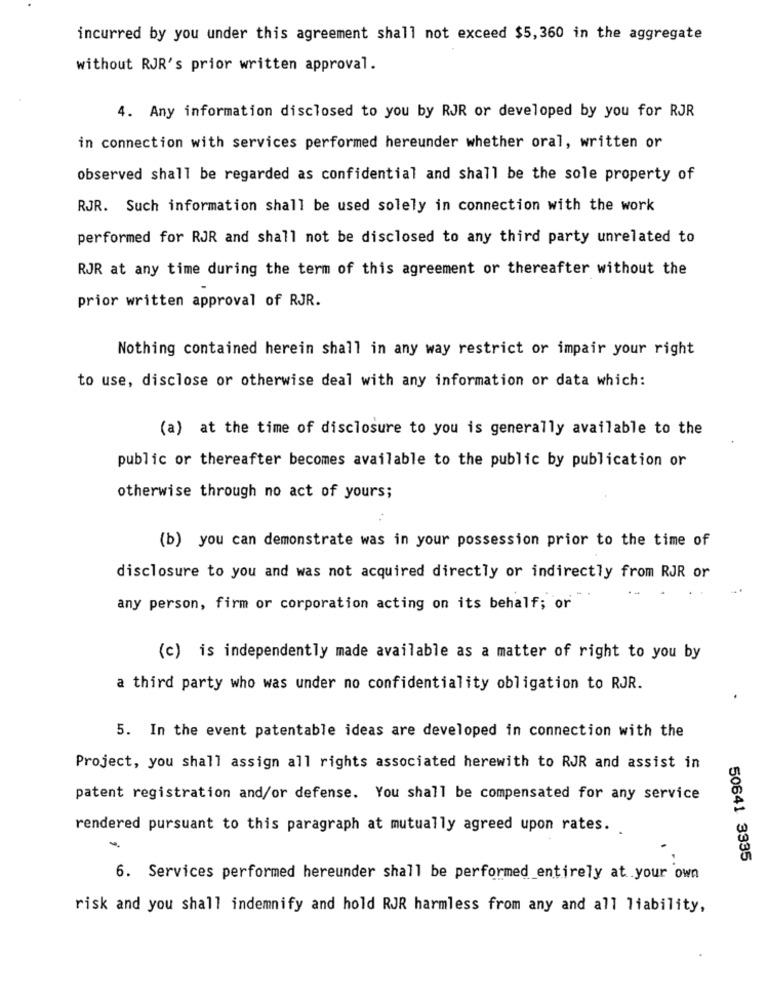
incurred by you under this agreement shall not exceed $5,360 in the aggregate
without RJR's prior written approval.
4. Any information disclosed to you by RJR or developed by you for RJR
in connection with services performed hereunder whether oral, written or
observed shall be regarded as confidential and shall be the sole property of
RJR. Such information shall be used solely in connection with the work
performed for RJR and shall not be disclosed to any third party unrelated to
RJR at any time during the term of this agreement or thereafter without the
prior written approval of RJR.
Nothing contained herein shall in any way restrict or impair your right
to use, disclose or otherwise deal with any information or data which:
(a) at the time of disclosure to you is generally available to the
public or thereafter becomes available to the public by publication or
otherwise through no act of yours;
(b) you can demonstrate was in your possession prior to the time of
disclosure to you and was not acquired directly or indirectly from RJR or
any person, firm or corporation acting on its behalf; or
(c) is independently made available as a matter of right to you by
a third party who was under no confidentiality obligation to RJR.
5. In the event patentable ideas are developed in connection with the
Project, you shall assign all rights associated herewith to RJR and assist in
patent registration and/or defense. You shall be compensated for any service
rendered pursuant to this paragraph at mutually agreed upon rates.
50641 3335
6. Services performed hereunder shall be performed entirely at your own
risk and you shall indemnify and hold RJR harmless from any and all liability,